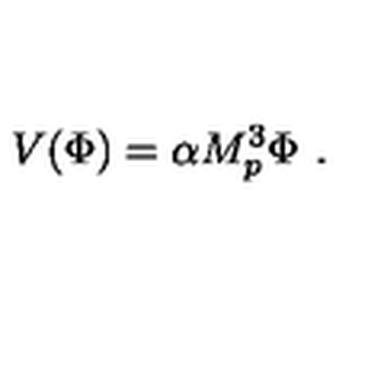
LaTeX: V ( \Phi ) = \alpha M _ { p } ^ { 3 } \Phi \ .